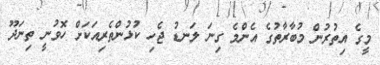
މީގެ އިތުރުން މުބާރާތުގެ އެންމެ ގިނަ ލަނޑު ޖެހި ކުޅުންތެރިއަކަށް ހޮވުނީ ތިނަދޫ